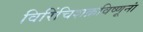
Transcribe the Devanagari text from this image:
विरिंचिशक्रविष्णूनां